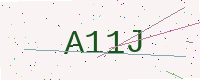
Text: A11J